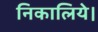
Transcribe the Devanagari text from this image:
निकालिये।